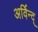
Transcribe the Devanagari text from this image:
अर्विन्द्